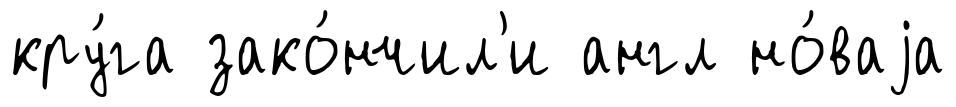
кру́га зако́нчил'и англ но́ваjа